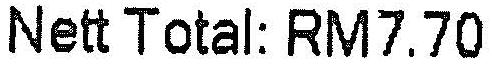
NETT TOTAL: RM7.70